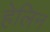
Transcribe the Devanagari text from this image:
हेलिन